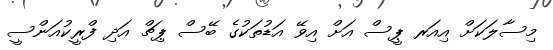
މިސާލަކަށް އިއަރ ޕީސް އަށް އިވޭ އަޑުތަކުގެ ބޭސް ޕިޗް އަދި ފްރީކުއަންސީ